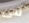
فى